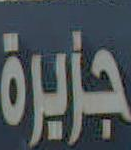
جزيرة